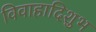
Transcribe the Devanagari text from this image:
विवाहादिशुभ